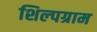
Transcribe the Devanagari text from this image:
शिल्‍पग्राम